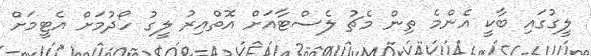
ލީގުގައި ބާކީ އެންމެ ތިން މެޗު ލެސްޓާއަށް އޮތްއިރު ލީގު ހޯދުމަށް އެޓީމަށް